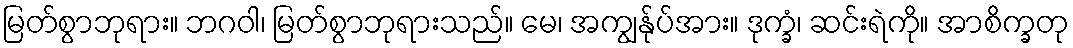
မြတ်စွာဘုရား။ ဘဂဝါ၊ မြတ်စွာဘုရားသည်။ မေ၊ အကျွန်ုပ်အား။ ဒုက္ခံ၊ ဆင်းရဲကို။ အာစိက္ခတု